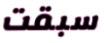
سبقت